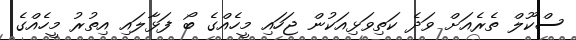
ސްކޫލް ތެރެއަށް ވަދެ ކަތިވަޅިއަކުން ޖަހައި މީހެއްގެ ބޯ ފަޅާލައި އިތުރު މީހެއްގެ